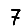
Digit: 7